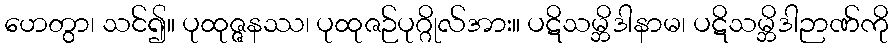
ဟေတွာ၊ သင်၍။ ပုထုဇ္ဇနဿ၊ ပုထုဇဉ်ပုဂ္ဂိုလ်အား။ ပဋိသမ္ဘိဒါနာမ၊ ပဋိသမ္ဘိဒါဉာဏ်ကို